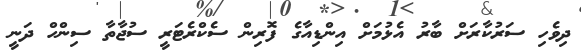
ދިވެހި ސަރުކާރަށް ބާރު އެޅުމަށް އިންޑިއާގެ ފޮރިން ސެކްރެޓަރީ ސުޖާތާ ސިންހް ދަނީ